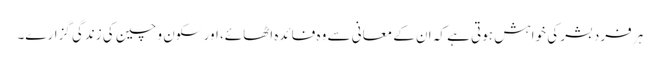
ہر فرد بشر کی خواہش ہوتی ہے کہ ان کے معانی سے وہ فائدہ اٹھائے، اور سکون و چین کی زندگی گزارے۔